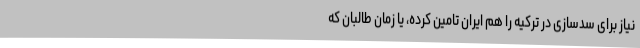
نیاز برای سدسازی در ترکیه را هم ایران تامین کرده، یا زمان طالبان که